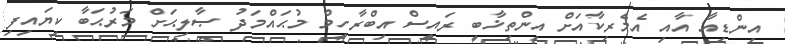
އިންޑިއާ އާއި އެމެރިކާއަށް އިންތިޚާބީ ރައީސް އިބްރާހީމް މުޙައްމަދު ޞާލިޙަށް މަރުޙަބާ ކިޔައިފި